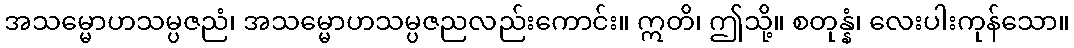
အသမ္မောဟသမ္ပဇညံ၊ အသမ္မောဟသမ္ပဇညလည်းကောင်း။ ဣတိ၊ ဤသို့။ စတုန္နံ၊ လေးပါးကုန်သော။